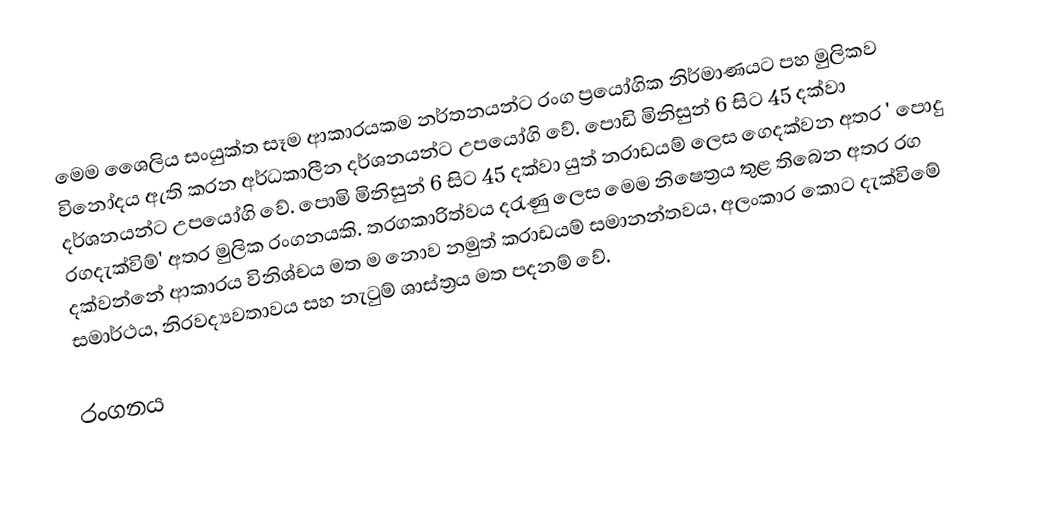
මෙම ශෛලිය සංයුක්ත සෑම ආකාරයකම නර්තනයන්ට රංග ප්‍රයෝගික නිර්මාණයට පහ මුලිකව විනෝදය ඇති කරන අර්ධකාලීන දර්ශනයන්ට උපයෝගි වේ. පොඩි මිනිසුන් 6 සිට 45 දක්වා දර්ශනයන්ට උපයෝගි වේ. පොමි මිනිසුන් 6 සිට 45 දක්වා යුත් න‍රාඩයම් ලෙස ගෙදක්වන අතර ' පොදු රගදැක්විම්' අතර මුලික රංගනයකි. තරගකාරිත්වය දරැණු ලෙස මෙම නිෂෙත්‍රය තුළ තිබෙන අතර රග දක්වන්නේ ආකාරය විනිශ්චය මත ම නොව නමුත් කරාඩයම් සමානන්තවය, අලංකාර කොට දැක්විමේ සමාර්ථය, නිරවද්‍යවතාවය සහ නැටුම් ‍ශාස්ත්‍රය මත පදනම් වේ.

රංගනය